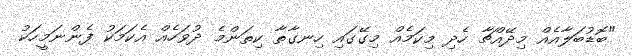
"ބޮޑުބަލާއެއް މިދޭއްޗާ ހެދި މިކަމެއް މިގޭގައި ހިނގާތާ ކިތަންމެ ދުވަހެއް އެކަމަކު ފެންނަމީހަކު